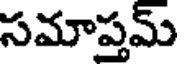
సమాప్తమ్